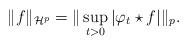
LaTeX: \begin{align*} \| f\|_{\mathcal H^p} = \| \sup_{t>0}|\varphi_t \star f| \|_p.\end{align*}